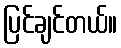
ပြင်ချင်တယ်။